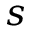
s